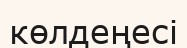
көлдеңесі